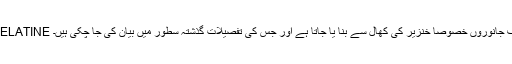
E-441: یہ کوڈ جلے ٹینGELATINE کیلئے مستعمل ہے جو مختلف جانوروں خصوصاً خنزیر کی کھال سے بنا یا جاتا ہے اور جس کی تفصیلات گذشتہ سطور میں بیان کی جا چکی ہیں۔